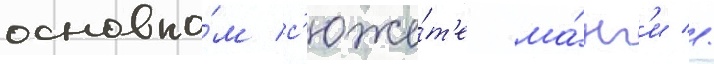
основно́м с'юже́т'е ма́нг'и //